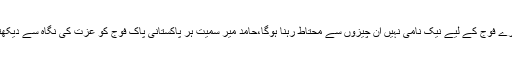
2014ء)صوبائی وزیر قانون و بلدیات رانا ثنا اللہ نے کہا ہے کہ کالعدم تنظیم کے فوج کے حق میں مظاہرے فوج کے لیے نیک نامی نہیں ان چیزوں سے محتاط رہنا ہوگا،حامد میر سمیت ہر پاکستانی پاک فوج کو عزت کی نگاہ سے دیکھتا ہے،کچھ عناصر فوج کو میڈیا اور حکومت سے الجھانا چاہتے ہیں جو فوج یا حکومت کے خیرخواہ نہیں۔